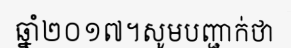
ឆ្នាំ២០១៧។សូមបញ្ជាក់ថា